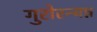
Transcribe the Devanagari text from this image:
गुरोरन्यन्न